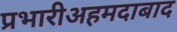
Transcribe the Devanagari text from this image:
प्रभारीअहमदाबाद